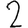
Digit: 2